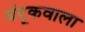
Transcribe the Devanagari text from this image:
बंदूकवाला